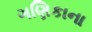
ગણિકાના